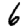
Digit: 6